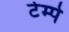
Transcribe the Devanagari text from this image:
टेम्पे